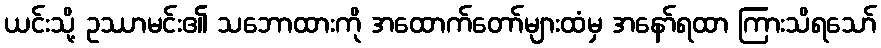
ယင်းသို့ ဥဿာမင်း၏ သဘောထားကို အထောက်တော်များထံမှ အနော်ရထာ ကြားသိရသော်